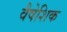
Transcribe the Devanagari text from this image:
वैषेशिक